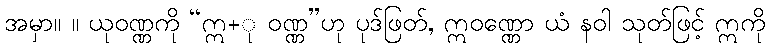
အမှာ။ ။ ယုဝဏ္ဏကို “ဣ+ု ဝဏ္ဏ”ဟု ပုဒ်ဖြတ်, ဣဝဏ္ဏော ယံ နဝါ သုတ်ဖြင့် ဣကို